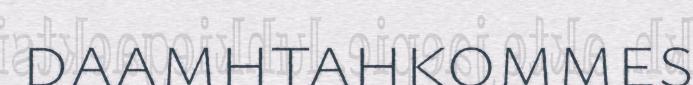
daamhtahkommes